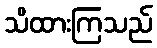
သိထားကြသည်